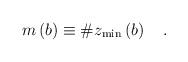
LaTeX: \begin{align*}m\left( b\right) \equiv \#z_{\min }\left( b\right) \quad .\end{align*}